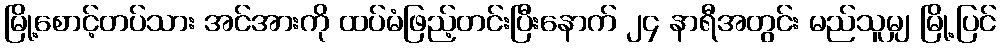
မြို့စောင့်တပ်သား အင်အားကို ထပ်မံဖြည့်တင်းပြီးနောက် ၂၄ နာရီအတွင်း မည်သူမျှ မြို့ပြင်